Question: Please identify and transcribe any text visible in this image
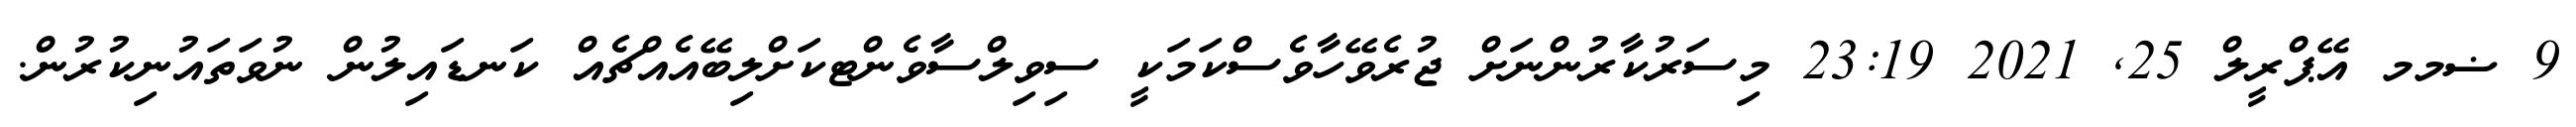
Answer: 9 ޟމމ އޭޕްރީލް 25, 2021 23:19 މިސަރުކާރުންނަށް ޖުރެވޭހާވެސްކަމަކީ ސިވިލްސާވެންޓކަށްލިބޭއެއްޗެއް ކަނޑައިލުން ނުވަތައުނިކުރުން.